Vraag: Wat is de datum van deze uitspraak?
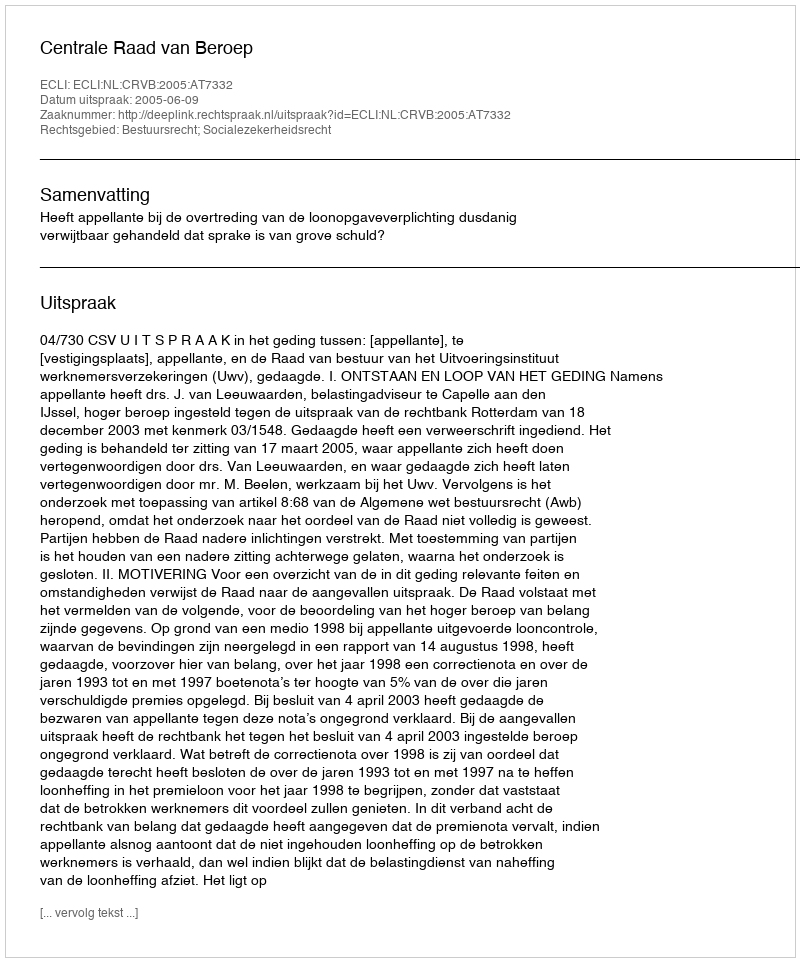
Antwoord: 2005-06-09